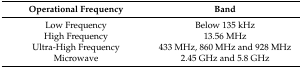
<table><thead><tr><td><b>Operational Frequency</b></td><td><b>Band</b></td></tr></thead><tbody><tr><td>Low Frequency</td><td>Below 135 kHz</td></tr><tr><td>High Frequency</td><td>13.56 MHz</td></tr><tr><td>Ultra-High Frequency</td><td>433 MHz, 860 MHz and 928 MHz</td></tr><tr><td>Microwave</td><td>2.45 GHz and 5.8 GHz</td></tr></tbody></table>